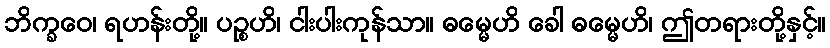
ဘိက္ခဝေ၊ ရဟန်းတို့။ ပဉ္စဟိ၊ ငါးပါးကုန်သာ။ ဓမ္မေဟိ ခေါ ဓမ္မေဟိ၊ ဤတရားတို့နှင့်။